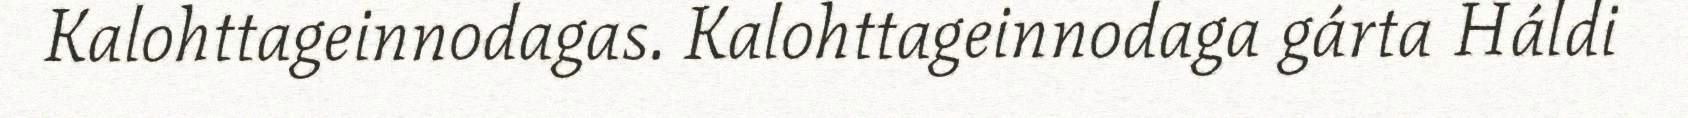
Kalohttageinnodagas. Kalohttageinnodaga gárta Háldi